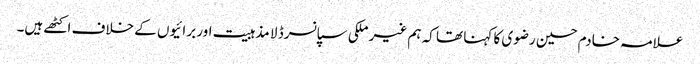
علامہ خادم حسین رضوی کا کہنا تھا کہ ہم غیر ملکی سپانسرڈ لا مذہبیت اور برائیوں کے خلاف اکٹھے ہیں۔